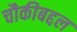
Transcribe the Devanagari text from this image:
चौकीबद्दल